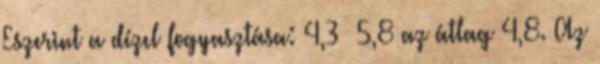
Eszerint a dízel fogyasztása: 4,3 5,8 az átlag 4,8. Az